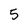
Character: 5